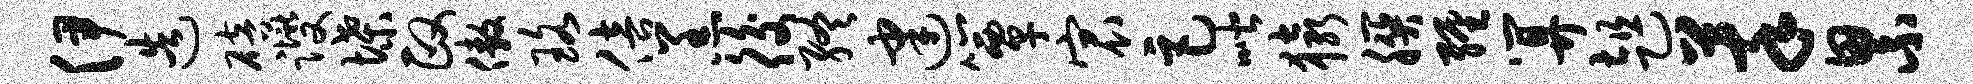
伊造碚躞堞政傲珞倍羔後终建簟宸巨喈猿朕缠算趄萃累